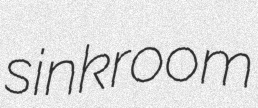
sinkroom